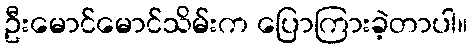
ဦးမောင်မောင်သိမ်းက ပြောကြားခဲ့တာပါ။